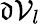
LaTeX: \mathfrak{d}\mathcal{V}_{l}